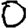
Digit: 0